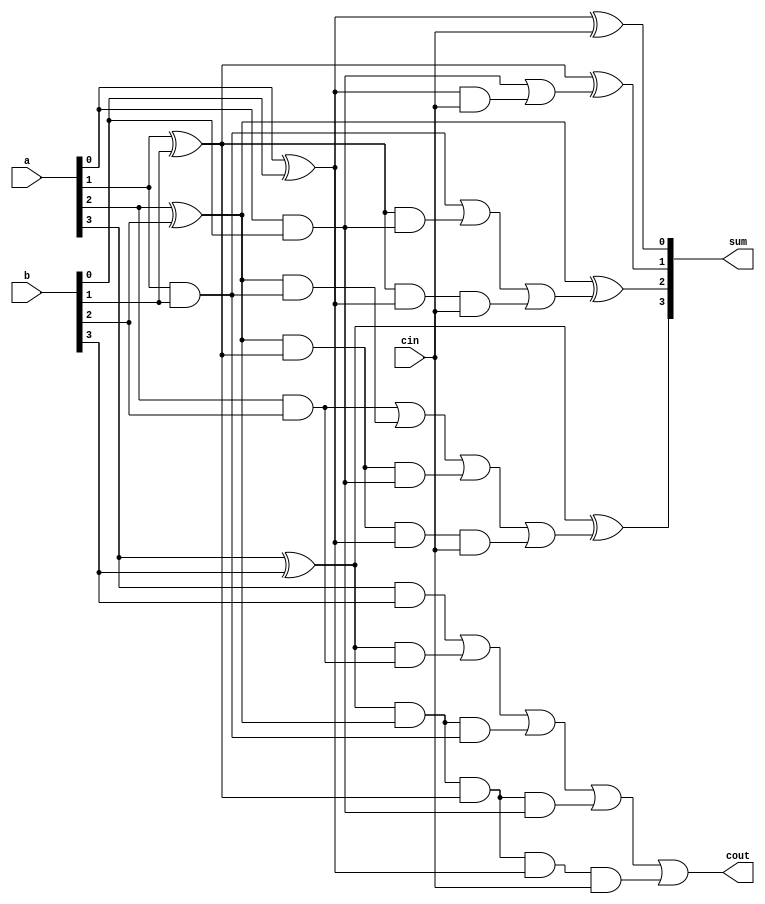
`timescale 1ns / 1ps


module fa_cla_4bit(output [3:0]sum,
                   output cout,
                   input [3:0]a,
                   input [3:0]b,
                   input cin);
wire [0:3]g;
wire [0:3]p;
wire c3,c1,c2;

assign g[0]=a[0]&b[0],g[1]=a[1]&b[1],
       g[2]=a[2]&b[2],g[3]=a[3]&b[3];

assign p[0]=a[0]^b[0],p[1]=a[1]^b[1],
       p[2]=a[2]^b[2],p[3]=a[3]^b[3];

assign c1=g[0]|(p[0]&cin),
       c2=g[1]|(p[1]&g[0])|(p[1]&p[0]&cin),
       c3=g[2]|(p[2]&g[1])|(p[2]&p[1]&g[0])|(p[2]&p[1]&p[0]&cin),
       cout=g[3]|(p[3]&g[2])|(p[3]&p[2]&g[1])|(p[3]&p[2]&p[1]&g[0])|(p[3]&p[2]&p[1]&p[0]&cin);
       
assign sum[0]=p[0]^cin,
       sum[1]=p[1]^c1,
       sum[2]=p[2]^c2,
       sum[3]=p[3]^c3;

                   
endmodule